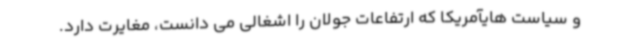
و سیاست هایآمریکا که ارتفاعات جولان را اشغالی می دانست، مغایرت دارد.